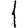
Digit: 1